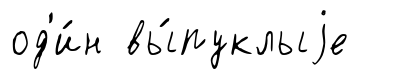
од'и́н вы́пуклыjе